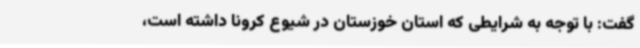
گفت: با توجه به شرایطی که استان خوزستان در شیوع کرونا داشته است،